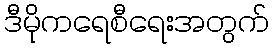
ဒီမိုကရေစီရေးအတွက်